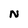
Character: N